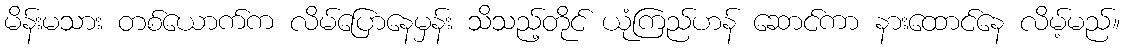
မိန်းမသား တစ်ယောက်က လိမ်ပြောနေမှန်း သိသည့်တိုင် ယုံကြည်ဟန် ဆောင်ကာ နားထောင်နေ လိမ့်မည်။